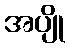
အပျို